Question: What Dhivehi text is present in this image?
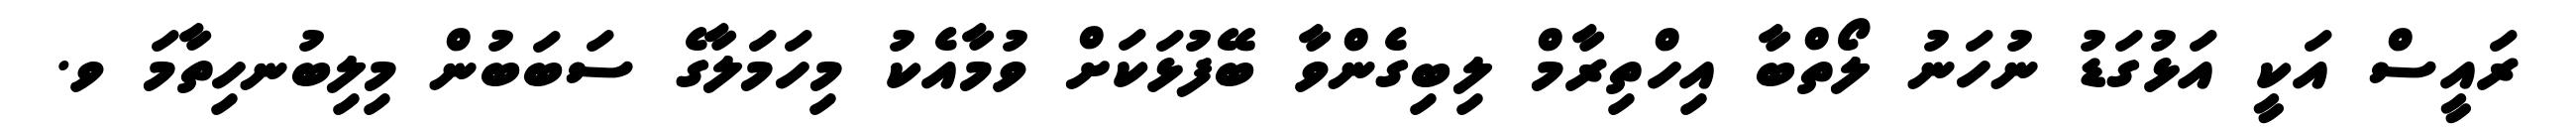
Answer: ރައީސް އަކީ އަޅުގަޑު ނުހަނު ލޯތްބާ އިހްތިރާމް ލިބިގެންވާ ބޭފުޅަކަށް ވުމާއެކު މިހަމަލާގެ ސަބަބުން މިލިބުނހިތާމަ ވ.